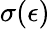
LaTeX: \sigma(\epsilon)